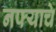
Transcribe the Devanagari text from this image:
नफ्याचे